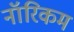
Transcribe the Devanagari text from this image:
नॉरिकम